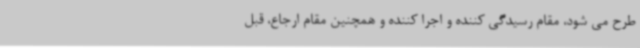
طرح می شود، مقام رسیدگی کننده و اجرا کننده و همچنین مقام ارجاع، قبل